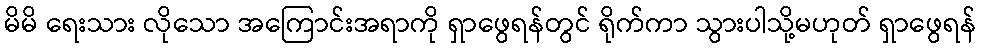
မိမိ ရေးသား လိုသော အကြောင်းအရာကို ရှာဖွေရန်တွင် ရိုက်ကာ သွားပါသို့မဟုတ် ရှာဖွေရန်